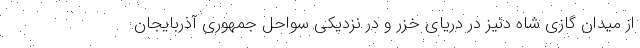
از میدان گازی شاه دنیز در دریای خزر و در نزدیکی سواحل جمهوری آذربایجان